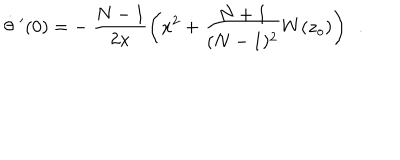
\dot { \theta } \ ^ { \prime } ( 0 ) = - \ \frac { N - 1 } { 2 x } \left( x ^ { 2 } + \frac { N + 1 } { ( N - 1 ) ^ { 2 } } W ( z _ { o } ) \right) \ \ .